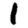
Digit: 1